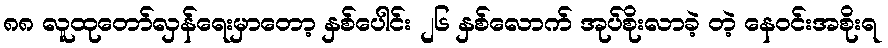
၈၈ လူထုတော်လှန်ရေးမှာတော့ နှစ်ပေါင်း ၂၆ နှစ်လောက် အုပ်စိုးလာခဲ့ တဲ့ နေဝင်းအစိုးရ